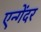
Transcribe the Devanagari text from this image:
एन्गेंदर